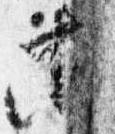
等